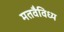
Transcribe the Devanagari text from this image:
मतवैविध्य